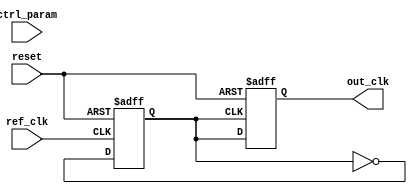
module pll(
    input wire ref_clk,          // Reference clock input
    input wire reset,           // Reset signal
    output reg out_clk,         // Output clock
    input wire [7:0] ctrl_param // Control parameters for memory blocks
);

    // Internal signals
    reg [7:0] phase_err;         // Phase error signal from phase detector
    reg [7:0] filter_out;        // Output from loop filter
    reg [7:0] vco_control;       // Control voltage for VCO
    reg [7:0] memory_blocks [0:15]; // Example memory blocks for storing control parameters
    reg [3:0] mem_addr;          // Memory address for reading/writing
    reg vco_clk;                 // VCO clock signal

    // Phase Detector (PD)
    always @(posedge ref_clk or posedge reset) begin
        if (reset) begin
            phase_err <= 0;
        end else begin
            // Example phase error calculation (simplified)
            phase_err <= out_clk ? phase_err + 1 : phase_err - 1;
        end
    end

    // Loop Filter (LF)
    always @(posedge ref_clk or posedge reset) begin
        if (reset) begin
            filter_out <= 0;
        end else begin
            // Simple low-pass filter (first order)
            filter_out <= (filter_out + phase_err) >> 1; // Averaging filter
        end
    end

    // Voltage-Controlled Oscillator (VCO)
    always @(posedge ref_clk or posedge reset) begin
        if (reset) begin
            vco_control <= 0;
            vco_clk <= 0;
        end else begin
            // Adjust VCO frequency based on filtered control voltage
            vco_control <= filter_out; // Control voltage assignment
            vco_clk <= ~vco_clk; // Simple toggling for clock output
        end
    end

    // Output clock generation
    always @(posedge vco_clk or posedge reset) begin
        if (reset) begin
            out_clk <= 0;
        end else begin
            out_clk <= vco_clk; // Output the VCO clock
        end
    end

    // Memory Block Control Logic (simplified)
    always @(posedge ref_clk or posedge reset) begin
        if (reset) begin
            mem_addr <= 0;
        end else begin
            // Example: Store control parameters in memory
            memory_blocks[mem_addr] <= ctrl_param;
            mem_addr <= mem_addr + 1; // Increment address
        end
    end

endmodule